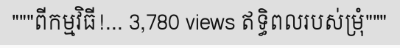
"""ពីកម្មវិធី!... 3,780 views ឥទ្ធិពលរបស់ម្រុំ"""